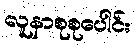
လူနာစုစုပေါင်း